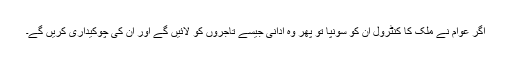
اگر عوام نے ملک کا کنٹرول ان کو سونپا تو پھر وہ ادانی جیسے تاجروں کو لائیں گے اور ان کی چوکیداری کریں گے۔